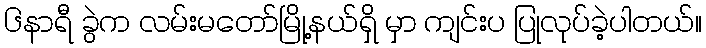
၆နာရီ ခွဲက လမ်းမတော်မြို့နယ်ရှိ မှာ ကျင်းပ ပြုလုပ်ခဲ့ပါတယ်။